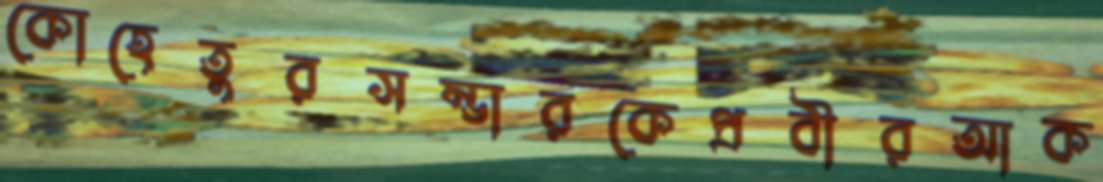
কোহেতুরসম্ভারকেপ্রবীরআক